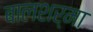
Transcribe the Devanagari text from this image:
बालशर्मा